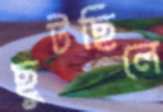
ছুটছিলে